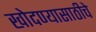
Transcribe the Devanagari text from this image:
खोदण्यासाठीचे